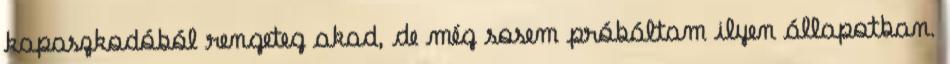
kapaszkodóból rengeteg akad, de még sosem próbáltam ilyen állapotban.